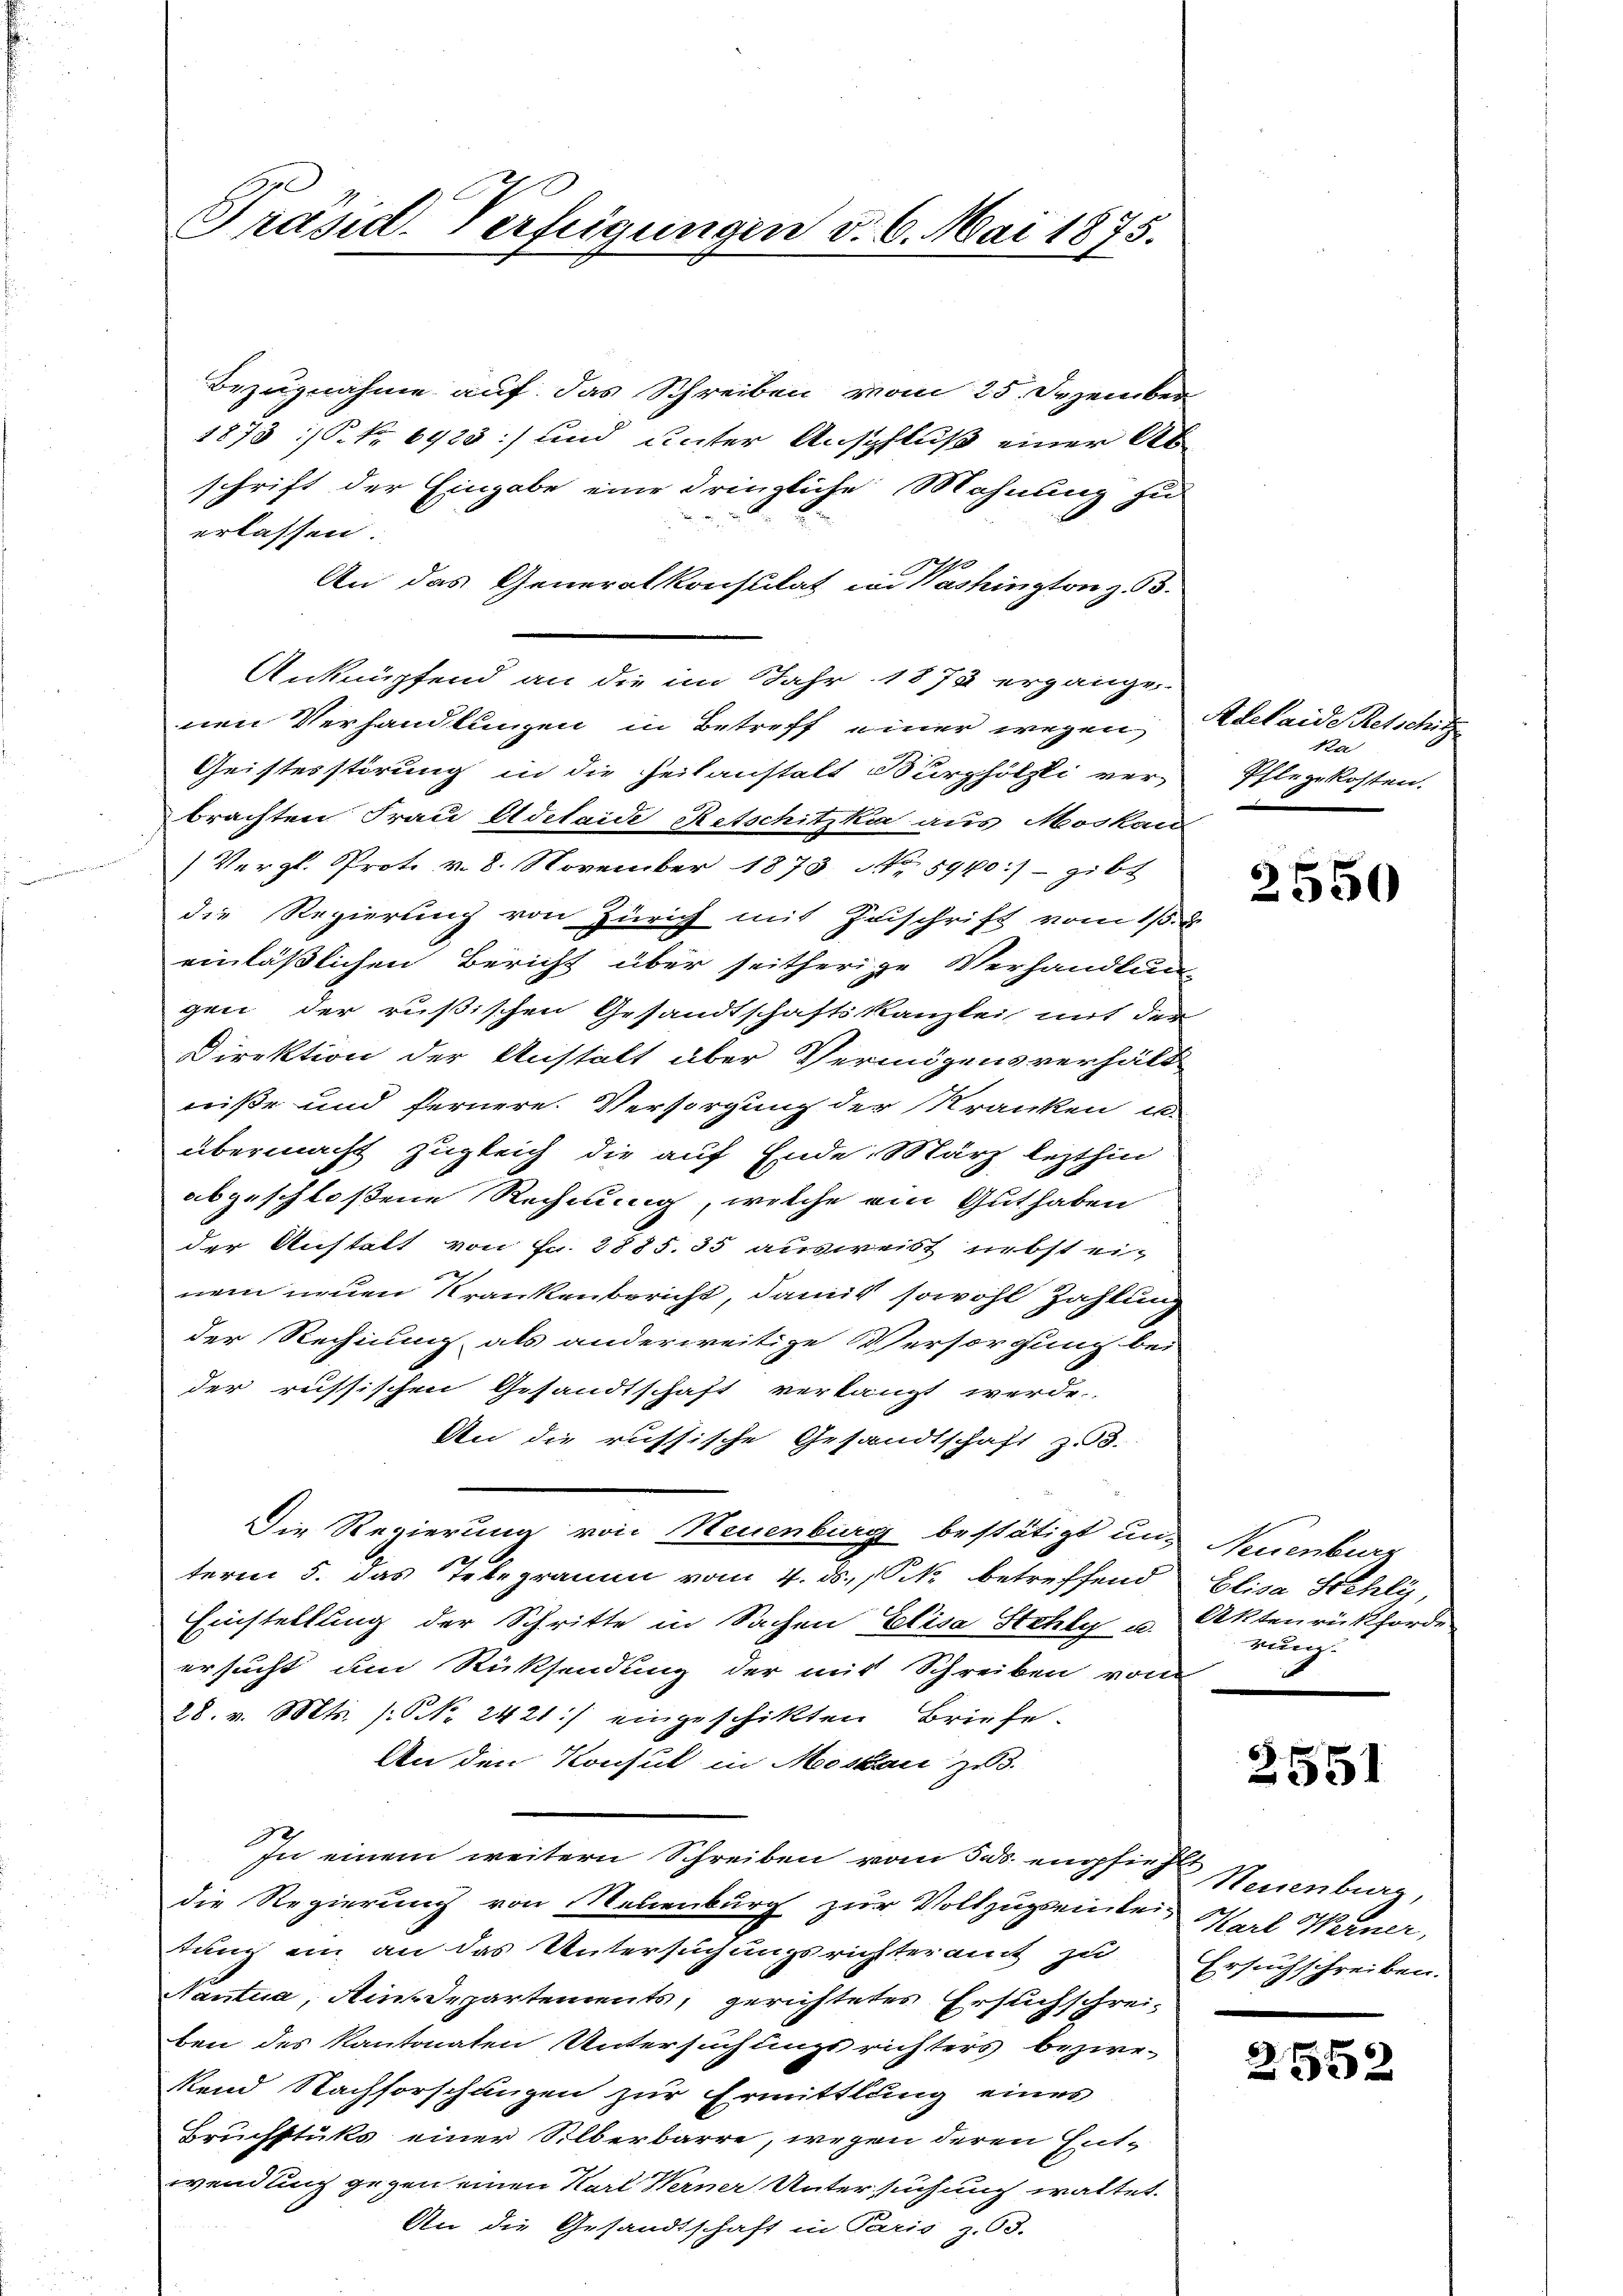
Präsid. Verfügungen v. 6. Mai 1875.

Bezugnahme auf das Schreiben vom 25. Dezember
1873 :/ No 6923:/ und unter Anspfluß einer Ak
schrift der Eingabe eine dringliche Mahnung zu
erlassen.
An das Generalkonsulat in Washington z. 63.
Anknüpfend an die im Jahr 1875 ergänge
nen Verhandlungen in Betreff einer wegen Adelaide Retschitz
Geistesstörung in die Heilanstalt Burghölzli ver-
brachten Frau Adelaide Retschitzka aus Moskau
(Vergl. Prot. v. 8. November 1873 No 5940.) - gibt
die Regierung von Zürich mit Zuschrift vom 15. d
einläßlichen Bericht über seitherige Verhandlun
gen der rußischen Gesandtschaftskanzlei mit den
Direktion der Anstalt aber Vermögensverhält
niße und fernere. Versorgung der Kranken un
übermacht zugleich die auf Ende März lezthin
abgeschloßene Rechnung, welche ein Gut haben
der Anstalt von Fr. 2885. 35 ausweist nebst ei¬
2
nem neuen Krankenbericht, damit sowohl Zahlung
der Rechnung als anderweitige Versorgung bei
der russischen Gesandtschaft verlangt werde.
An die russische Gesandtschaft z. B.
Die Regierung von Neuenburg bestätigt und Neuenburg
term 5. das Telegramm vom 4. ds. k. betreffend Elisa Stehli,
Einstellung der Schritte in Sachen Elisa Stehly u. Aktenrükhörde
ersucht um Rücksendung der mit Schreiben von
28. v. Mts. s. No. 2421:/ eingeschikten Briefe.
An den Konsul in Moskau zu.
In einem weitern Schreiben vom 5. ds. empfinde Neuenburg,
die Regierung von Neuenburg zur Vollzugreinbei Mal Werner,
tung ein an das Untersuchungsrichteramt zu Ersuchschreiben.
Nantua, Ainsdepartements, gerichtetes Ersuchschreiben des Kantonaten Untersuchungs richters beziekend Nachforschungen zur Ermittlung eines
Bruchstuks einer Silberbarre, wegen deren Entwendung gegen einen Karl Werner Untersuchung waltet.
An die Gesandtschaft in Paris z. Bd.

Pflegekosten.

2550

rung.

2551

2552